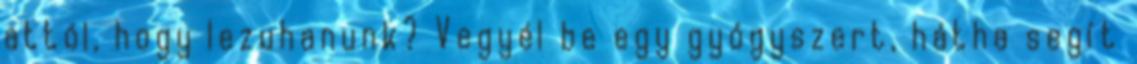
attól, hogy lezuhanunk? Vegyél be egy gyógyszert, hátha segít